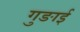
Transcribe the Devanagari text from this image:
गुङाई